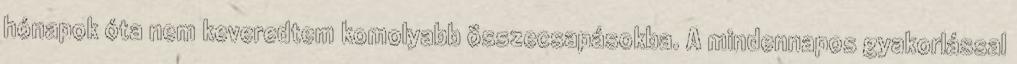
hónapok óta nem keveredtem komolyabb összecsapásokba. A mindennapos gyakorlással